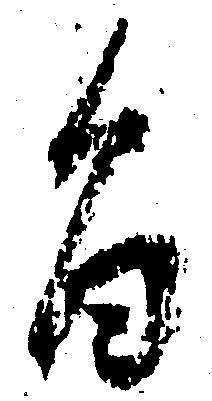
旨